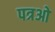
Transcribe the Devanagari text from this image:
पत्रओ